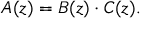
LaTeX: A ( z ) = B ( z ) \cdot C ( z ) .